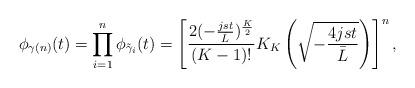
LaTeX: \begin{align*}\phi_{\gamma(n)}(t) &= \prod_{i=1}^{n} \phi_{\tilde{\gamma}_i}(t) = \left[ \frac{2(-\frac{jst}{\bar{L}})^{\frac{K}{2}}}{(K-1)!} K_{K}\left( \sqrt{-\frac{4jst}{\bar{L}}} \right) \right]^n,\end{align*}